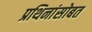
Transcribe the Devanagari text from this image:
प्रथिनांसोबत